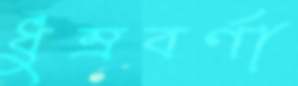
ধুম্রবর্ণা